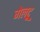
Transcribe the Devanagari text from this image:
गेलट्रू